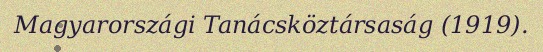
Magyarországi Tanácsköztársaság (1919).